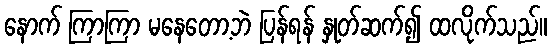
နောက် ကြာကြာ မနေတော့ဘဲ ပြန်ရန် နှုတ်ဆက်၍ ထလိုက်သည်။